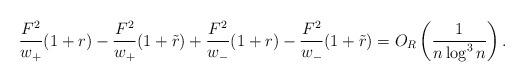
LaTeX: \begin{gather*}\frac{F^2}{w_+}(1 + r) - \frac{F^2}{w_+} (1 + \tilde{r}) + \frac{F^2}{w_-}(1 + r) - \frac{F^2}{w_-} (1 + \tilde{r}) = O_R\left(\frac{1}{n\log^3n}\right).\end{gather*}